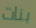
بنات